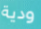
ودية